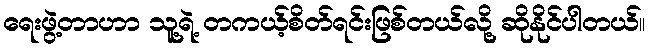
ရေးဖွဲ့တာဟာ သူ့ရဲ့ တကယ့်စိတ်ရင်းဖြစ်တယ်လို့ ဆိုနိုင်ပါတယ်။